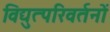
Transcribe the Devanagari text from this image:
विद्युत्परिवर्तनों